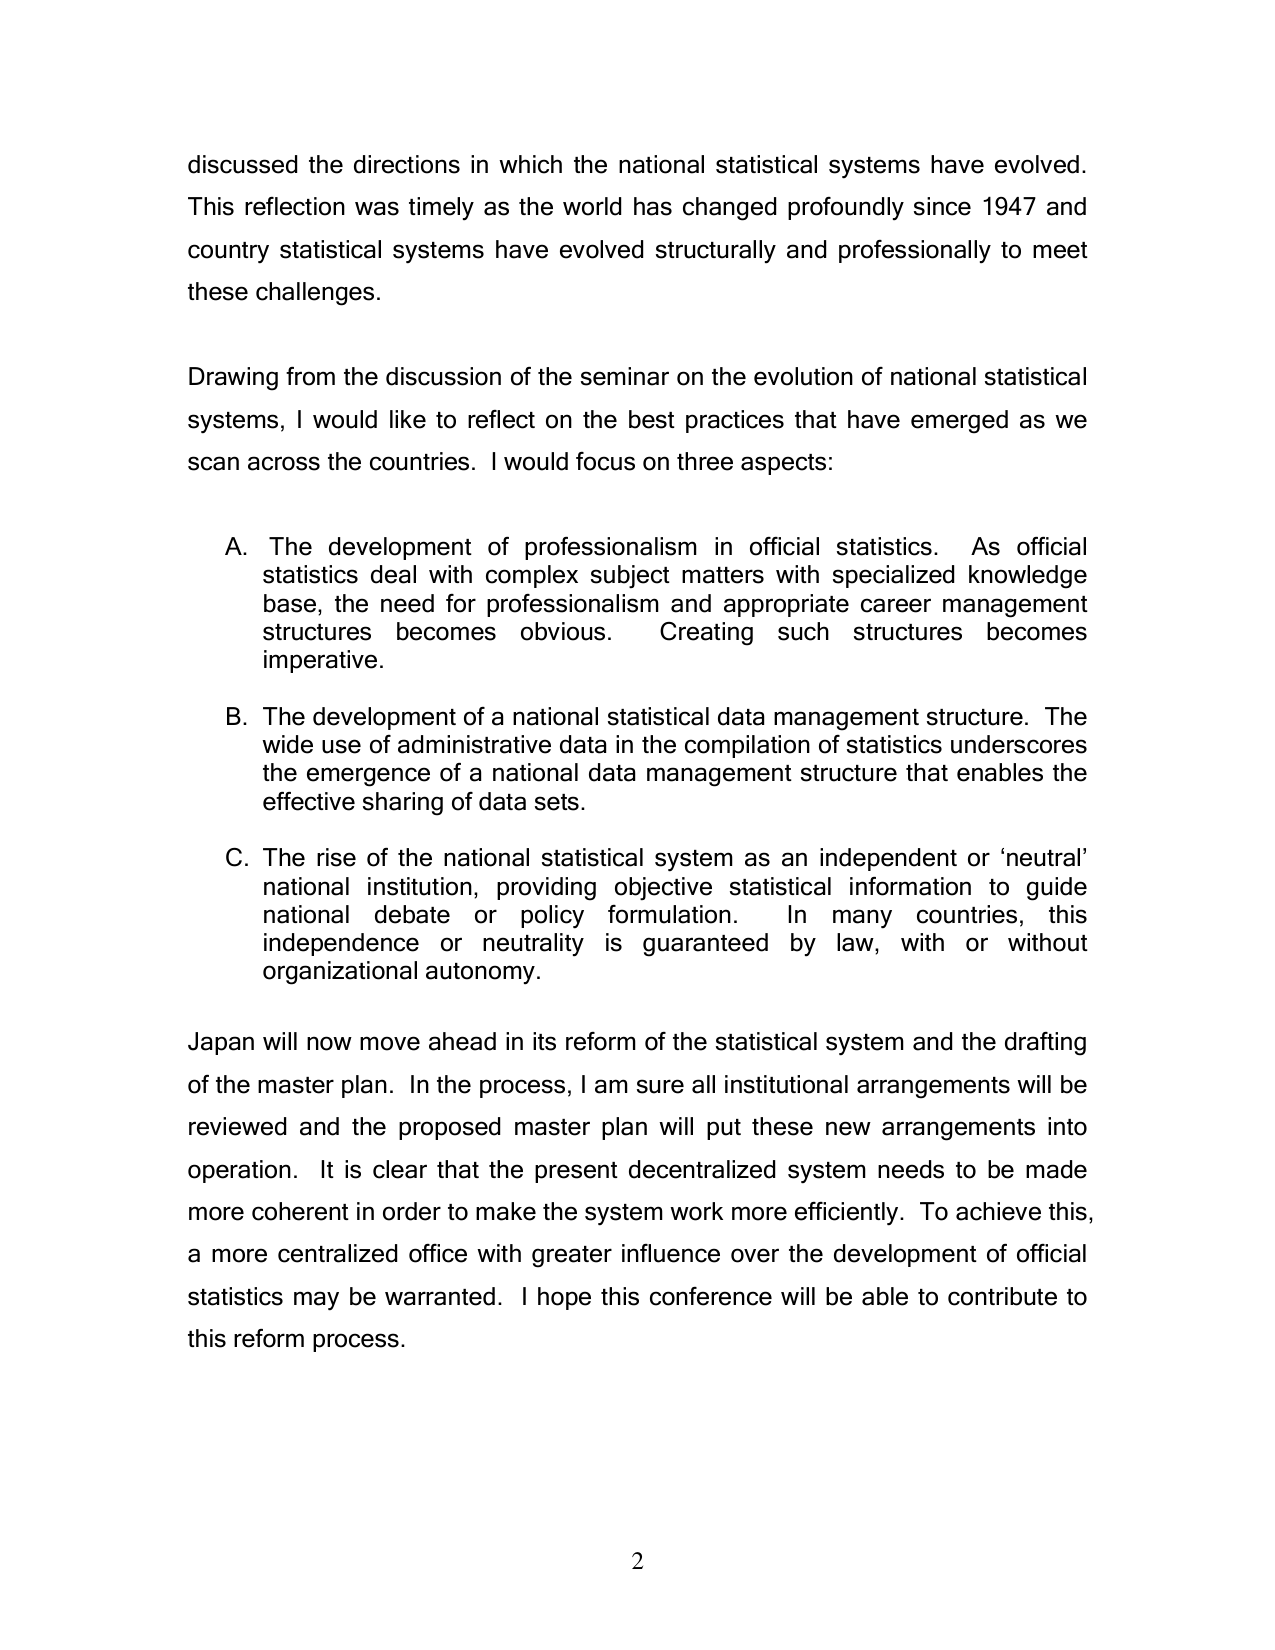
discussed the directions in which the national statistical systems have evolved. This reflection was timely as the world has changed profoundly since 1947 and country statistical systems have evolved structurally and professionally to meet these challenges.

Drawing from the discussion of the seminar on the evolution of national statistical systems, I would like to reflect on the best practices that have emerged as we scan across the countries. I would focus on three aspects:

A. The development of professionalism in official statistics. As official statistics deal with complex subject matters with specialized knowledge base, the need for professionalism and appropriate career management structures becomes obvious. Creating such structures becomes imperative.

B. The development of a national statistical data management structure. The wide use of administrative data in the compilation of statistics underscores the emergence of a national data management structure that enables the effective sharing of data sets.

C. The rise of the national statistical system as an independent or ‘neutral’ national institution, providing objective statistical information to guide national debate or policy formulation. In many countries, this independence or neutrality is guaranteed by law, with or without organizational autonomy.

Japan will now move ahead in its reform of the statistical system and the drafting of the master plan. In the process, I am sure all institutional arrangements will be reviewed and the proposed master plan will put these new arrangements into operation. It is clear that the present decentralized system needs to be made more coherent in order to make the system work more efficiently. To achieve this, a more centralized office with greater influence over the development of official statistics may be warranted. I hope this conference will be able to contribute to this reform process.

2